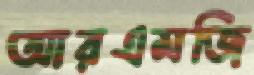
আরএমজি